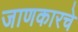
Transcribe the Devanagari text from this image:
जाणकारचे